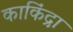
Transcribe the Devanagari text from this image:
काकिंद्रा